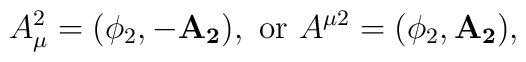
A_\mu^2=(\phi_2,-\mathbf{A_2}),~{\rm or}~ A^{\mu 2}=(\phi_2,\mathbf{A_2}),